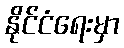
နိုင်ငံရေးမှာ